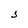
Character: S